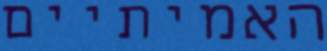
האמיתיים